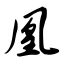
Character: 凰